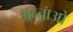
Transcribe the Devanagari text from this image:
अन्ताओ